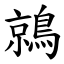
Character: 鶁